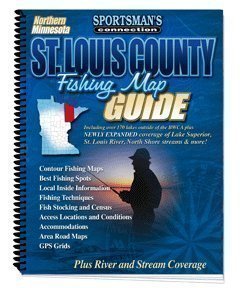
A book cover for St. Louis County Area (Fishing Maps from Sportsman's Connection); Jim Billing; Travel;